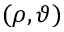
( \rho , \vartheta )